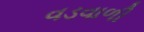
વડવાળી